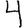
Digit: 4